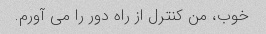
خوب، من کنترل از راه دور را می آورم.